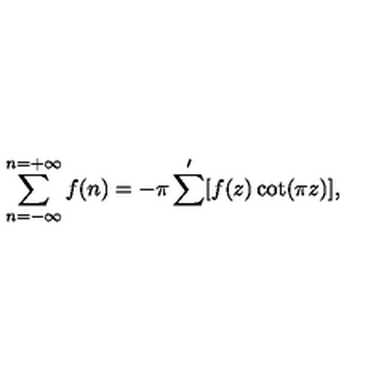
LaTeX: \sum _ { n = - \infty } ^ { n = + \infty } f ( n ) = - \pi \sum ^ { \prime } [ f ( z ) \cot ( \pi z ) ] ,